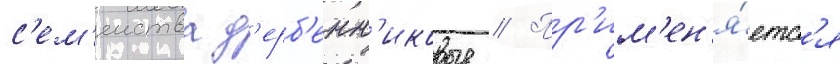
с'ем'еиства д'ерб'енн'иковые // Пр'им'ен'я́етс'я